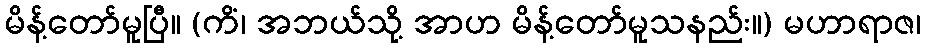
မိန့်တော်မူပြီ။ (ကိံ၊ အဘယ်သို့ အာဟ မိန့်တော်မူသနည်း။) မဟာရာဇ၊